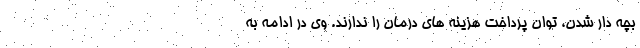
بچه دار شدن، توان پرداخت هزینه های درمان را ندارند. وی در ادامه به